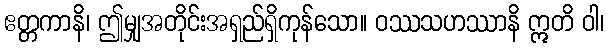
ဧတ္တကာနိ၊ ဤမျှအတိုင်းအရှည်ရှိကုန်သော။ ဝဿသဟဿာနိ ဣတိ ဝါ၊